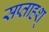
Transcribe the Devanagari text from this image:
सप्ताहश्